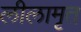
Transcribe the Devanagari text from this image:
लीलामृत